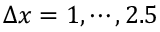
\Delta x = 1 , \cdots , 2 . 5